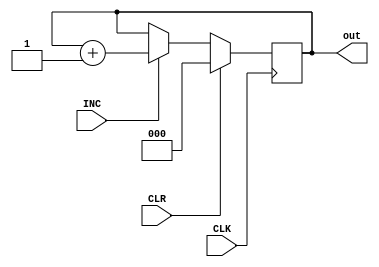
module SequenceCounter(CLR, INC, CLK, out);

	input CLR, INC, CLK;
	output reg [2:0] out;
	
	initial out = 0;

	always @ (posedge CLK)
		begin
			if(CLR)
				out = 3'b000;
			else if(INC)
				out = out + 3'b001;
		end
		
endmodule